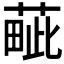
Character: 𦸿